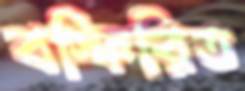
বস্ফিরিত